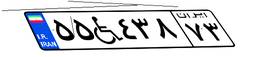
۲۷W۶۳۸۴۱